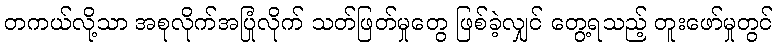
တကယ်လို့သာ အစုလိုက်အပြုံလိုက် သတ်ဖြတ်မှုတွေ ဖြစ်ခဲ့လျှင် တွေ့ရသည့် တူးဖော်မှုတွင်